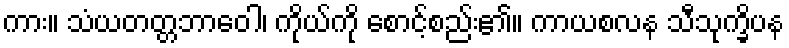
ကား။ သံယတတ္တဘာဝေါ၊ ကိုယ်ကို စောင့်စည်း၏။ ကာယစလန သီသုက္ခိပန